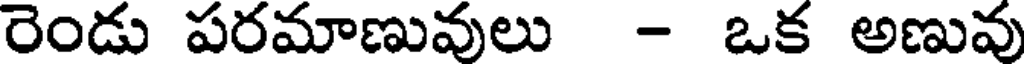
రెండు పరమాణువులు - ఒక అణువు